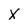
Character: x